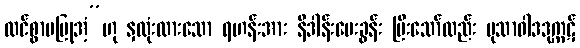
ထင်စွာမပြုအံ့”ဟု နှလုံးထားသော ရဟန်းအား နိဒါန်းမေးခွန်း ပြီးသော်လည်း မုသာဝါဒဒုက္ကဋ်